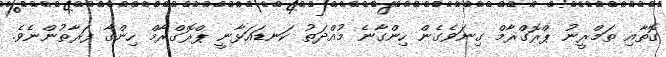
ގޮތާއި ތަމްރީނު ޕްރޮގްރާމް ގިނަވެގެން ހިންގާނެ މުއްދަތު ކަނޑައަޅާނީ ޕްރޮގްރާމް ހިންގާ ފަރާތުންނެވެ.